Rangoon Lunatic Asylum 1893-1897 - 1893-1897
Year: 1893
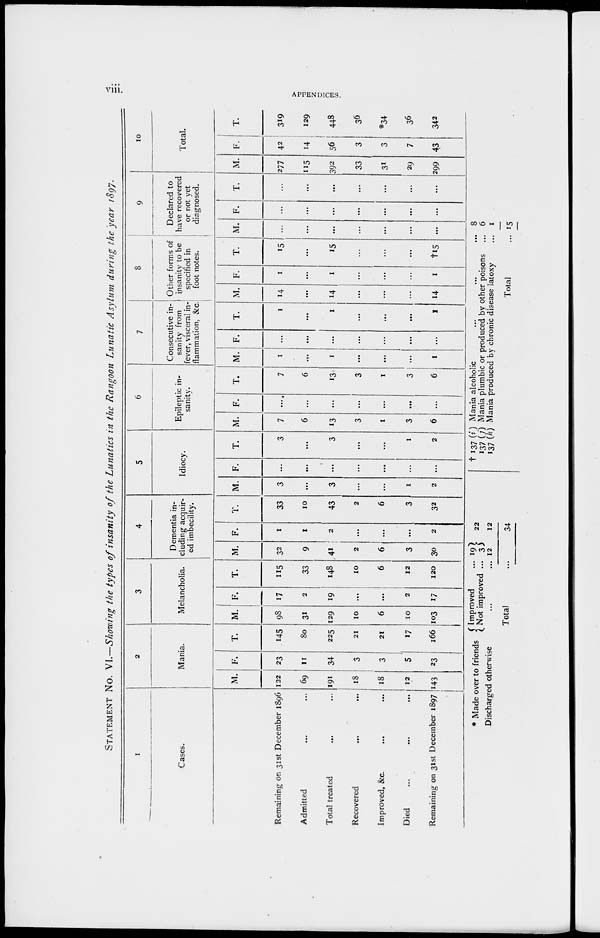
viii.
APPENDICES.
STATEMENT No. VI.—Showing the types of insanity of the Lunatics in the Rangoon Lunatic Asylum during the year 1897.
1
Cases.
Remaining on 31st December 1896
Admitted
Total treated
Recovered
...
...
Improved, &c. ... ...
Died
...
...
...
Remaining on 31st December 1897
2
Mania.
M.
122
69
191
18
18
12
143
F.
23
11
34
3
3
5
23
T.
145
80
225
21
21
17
166
3
Melancholia.
M.
98
31
129
10
6
10
103
F.
17
2
19
...
...
2
17
T.
115
33
148
10
6
12
120
4
Dementia in-
cluding acquir-
ed imbecility.
M.
32
9
41
2
6
3
30
F.
1
1
2
...
...
...
2
T.
33
10
43
2
6
3
32
5
Idiocy.
M.
3
...
3
...
...
1
2
F.
...
...
...
...
...
...
...
T.
3
...
3
...
...
1
2
6
Epileptic in-
sanity.
M.
7
6
13
3
1
3
6
F.
...
...
...
...
...
...
...
T.
7
6
13
3
1
3
6
7
Consecutive in-
sanity from
fever, visceral in-
flammation, &c.
M.
1
...
1
...
...
...
1
F.
...
...
...
...
...
...
...
T.
1
...
1
...
...
...
1
8
Other forms of
insanity to be
specified in
foot notes.
M.
14
...
14
...
...
...
14
F.
1
...
1
...
...
...
1
T.
15
...
15
...
...
...
†15
9
Declared to
have recovered
or not yet
diagnosed.
M.
...
...
...
...
...
...
...
F.
...
...
...
...
...
...
...
T.
...
...
...
...
...
...
...
10
Total.
M.
277
115
392
33
31
29
299
F.
42
14
56
3
3
7
43
T.
319
129
448
36
*34
36
342
* Made over to friends
Improved
...
Not improved ...
Discharged otherwise
...
...
Total ...
19
3
12
22
12
34
†137 (i)
137 (j)
137 (h)
Mania alcoholic ... ... ...
Mania plumbic or produced by other poisons ...
Mania produced by chronic disease latoxy ...
Total ...
8
6
1
15